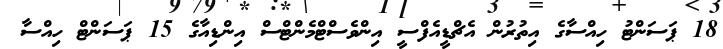
18 ޕަސަންޓު ހިއްސާގެ އިތުރުން އެޗްޑީއެފްސީ އިންވެސްޓްމެންޓްސް އިންޑިއާގެ 15 ޕަސަންޓް ހިއްސާ